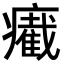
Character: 𤻛